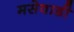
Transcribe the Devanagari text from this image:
मसेवाडी